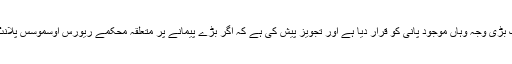
انھوں نے تھر میں بیماریوں کی ایک بڑی وجہ وہاں موجود پانی کو قرار دیا ہے اور تجویز پیش کی ہے کہ اگر بڑے پیمانے پر متعلقہ محکمے ریورس اوسموسس پلانٹ لگائیں تو یہ مسئلہ حل ہوسکتا ہے۔